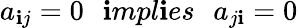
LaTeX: a_{\mathbf{i}j}=0\: \: \: \mathbf{i}mpl\mathbf{i}es\: \: \: a_{j\mathbf{i}}=0